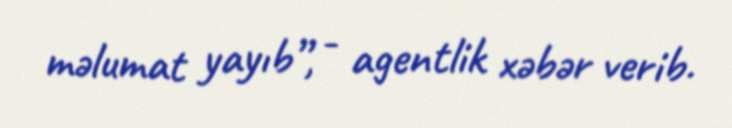
məlumat yayıb”, - agentlik xəbər verib.